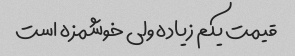
قیمت یکم زیاده ولی خوشمزه است